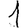
Digit: 1